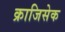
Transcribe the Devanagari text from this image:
क्राजिसेक